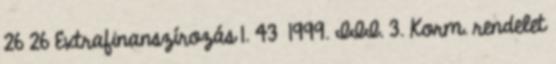
26 26 Extrafinanszírozás 1. 43 1999. III. 3. Korm. rendelet